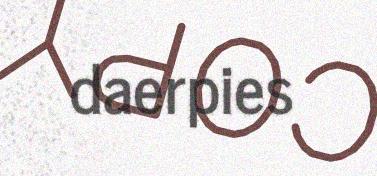
daerpies